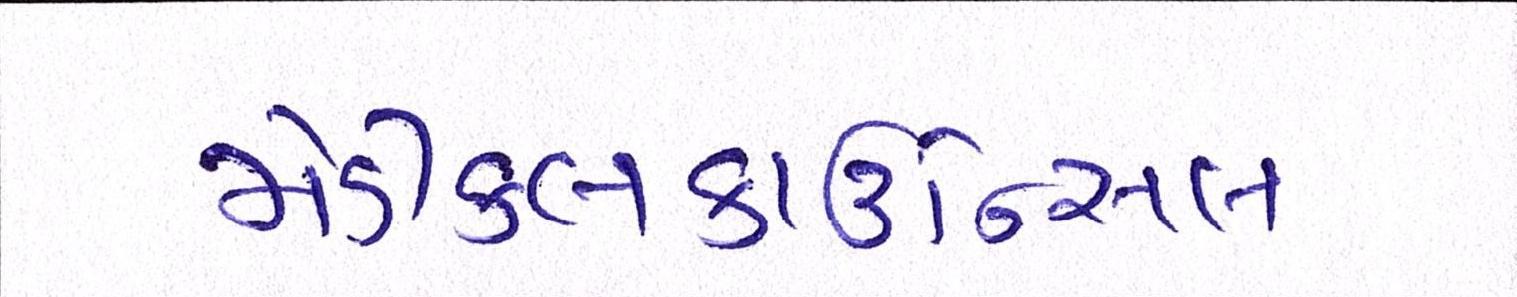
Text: મેડીકલકાઉન્સિલ